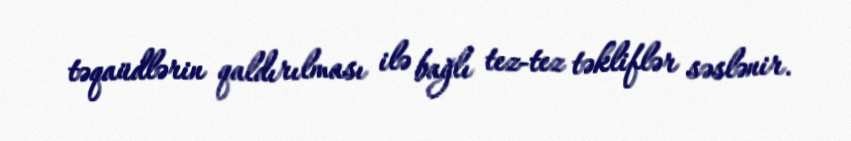
təqaüdlərin qaldırılması ilə bağlı tez-tez təkliflər səslənir.